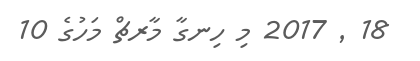
18